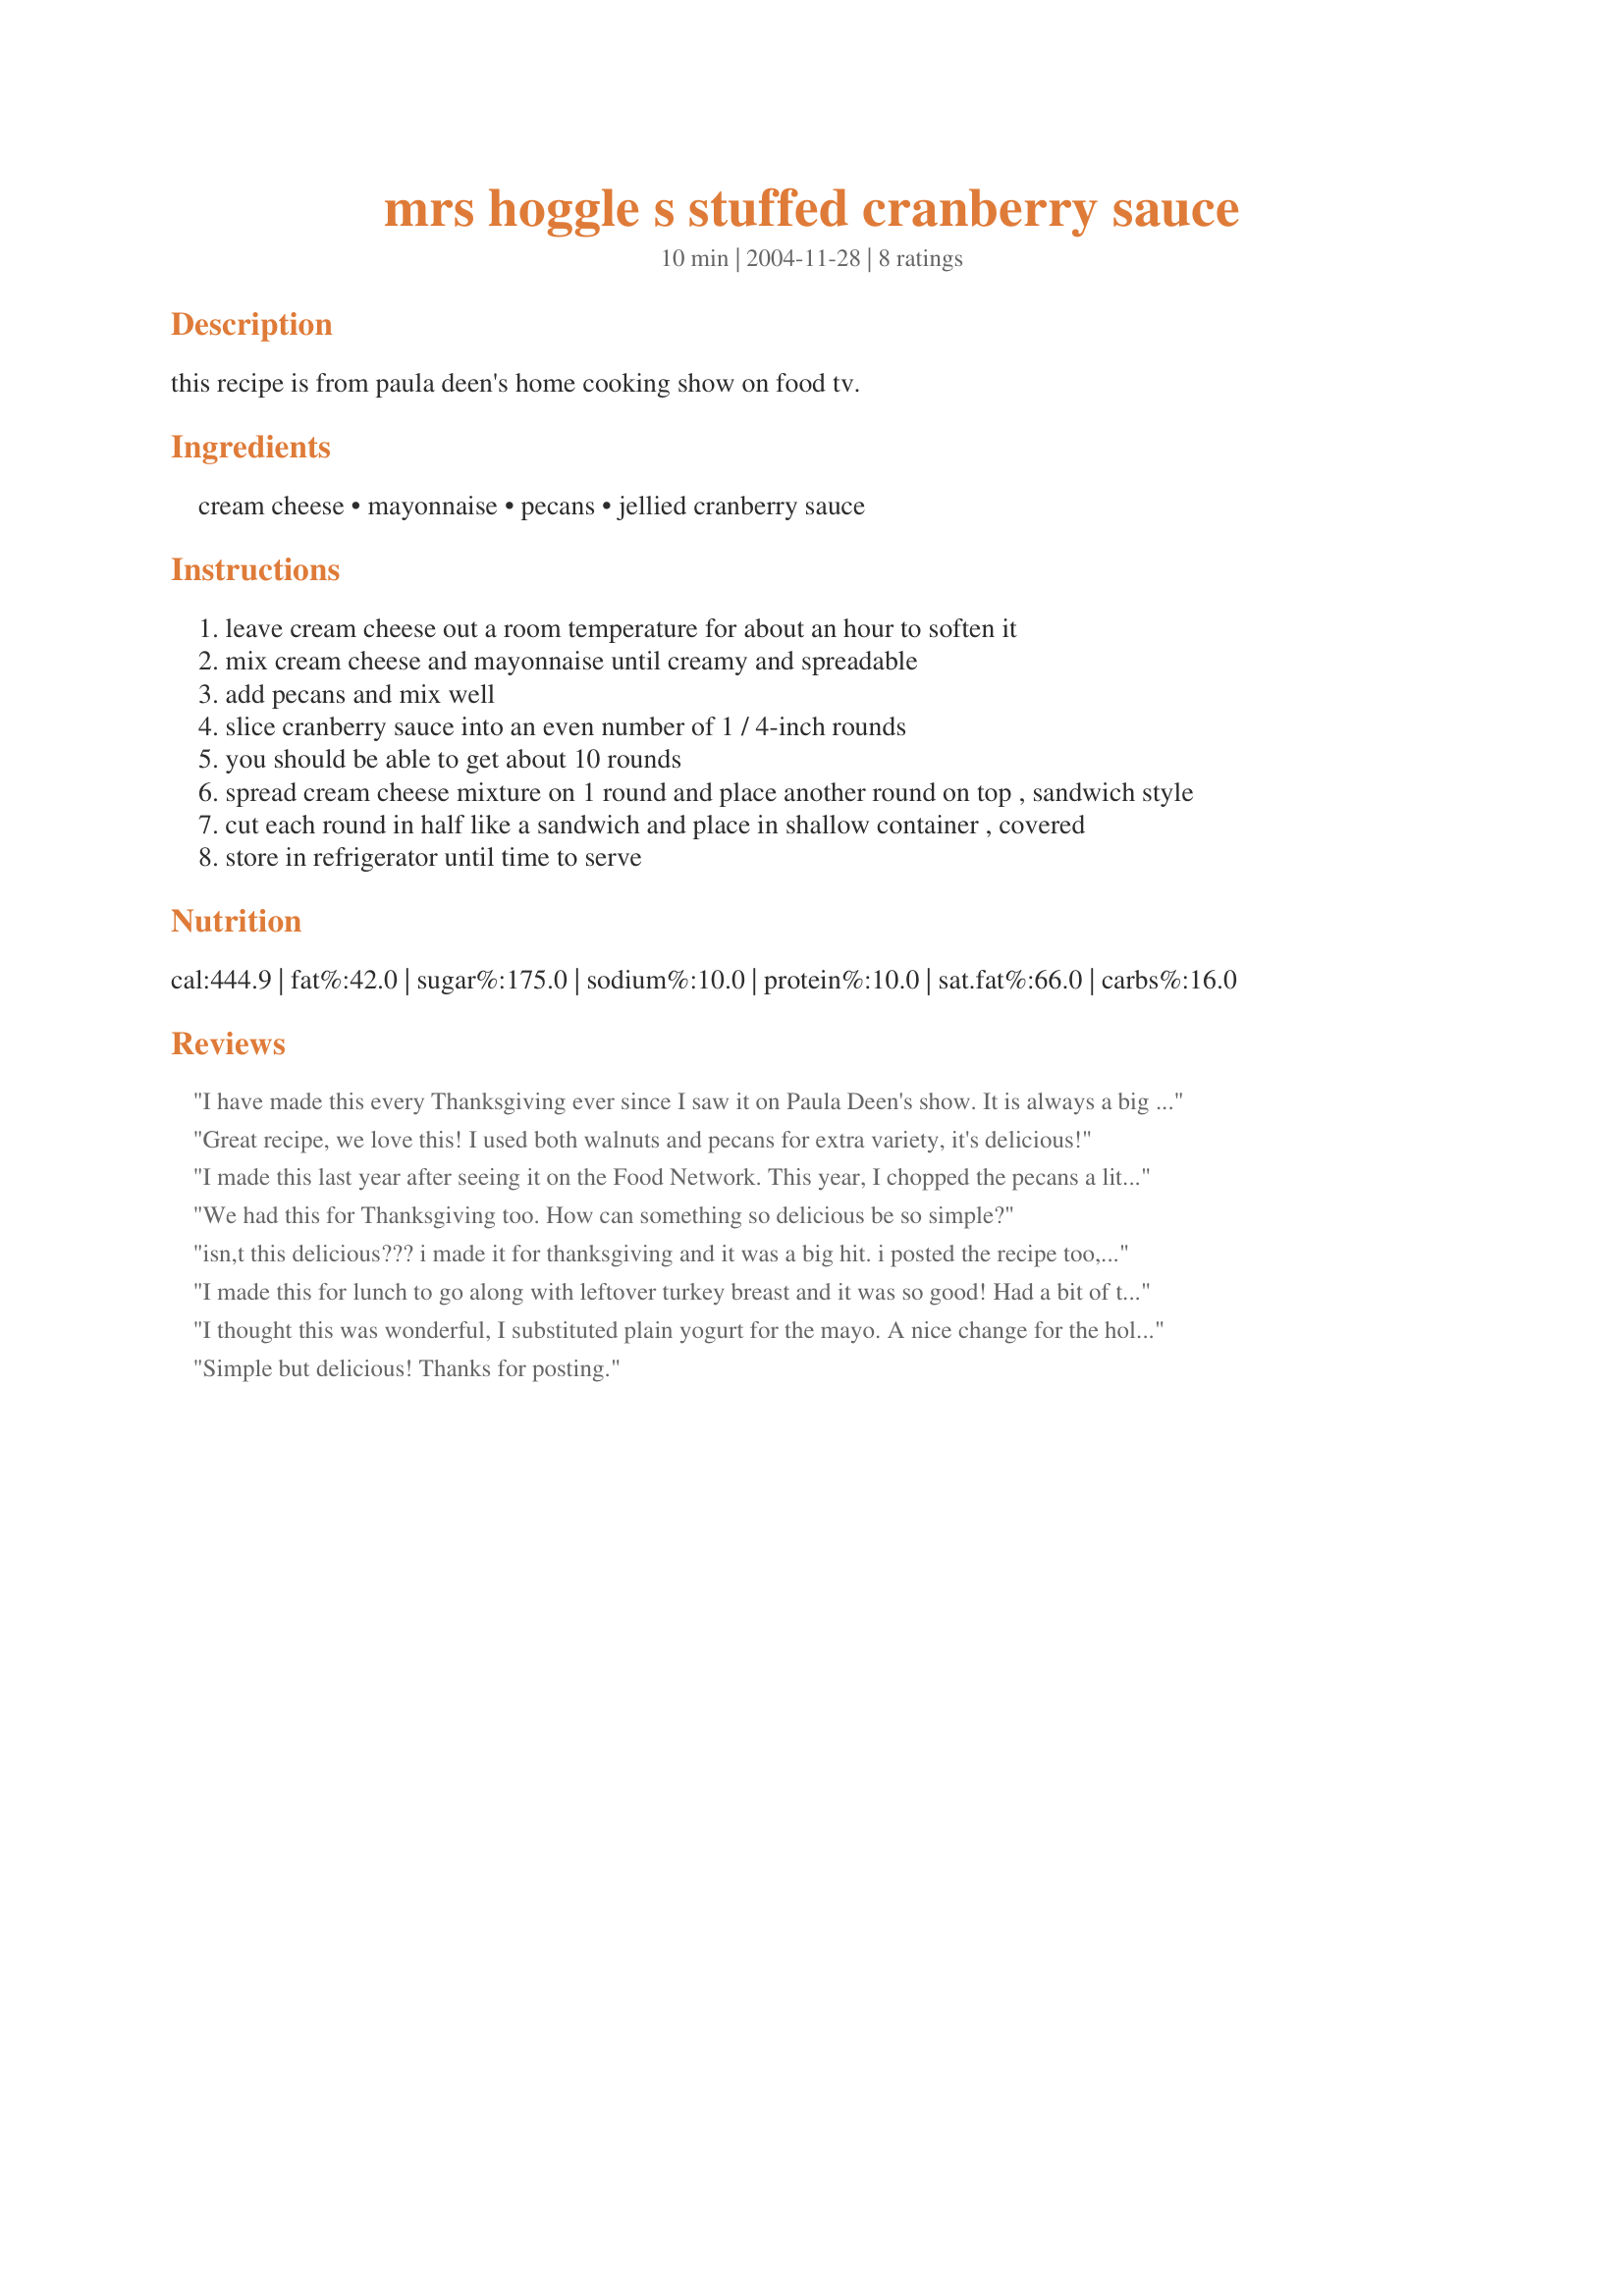
mrs hoggle s stuffed cranberry sauce
Preparation time: 10 minutes

this recipe is from paula deen's home cooking show on food tv.

Ingredients:
cream cheese, mayonnaise, pecans, jellied cranberry sauce

Steps:
leave cream cheese out a room temperature for about an hour to soften it
mix cream cheese and mayonnaise until creamy and spreadable
add pecans and mix well
slice cranberry sauce into an even number of 1 / 4-inch rounds
you should be able to get about 10 rounds
spread cream cheese mixture on 1 round and place another round on top , sandwich style
cut each round in half like a sandwich and place in shallow container , covered
store in refrigerator until time to serve

Reviews:
I have made this every Thanksgiving ever since I saw it on Paula Deen's show. It is always a big hit, even the kids ate them. It is also good on a leftover turkey sandwich. So simple to make you can't go wrong with this one.
Great recipe, we love this! I used both walnuts and pecans for extra variety, it's delicious!
I made this last year after seeing it on the Food Network. This year, I chopped the pecans a little more finely before mixing it in the cheese mixture. I liked that flavor a little more than the big chunks of pecans. My husband asked me to do that again next year for Thanksgiving.
We had this for Thanksgiving too. How can something so delicious be so simple?
isn,t this delicious??? i made it for thanksgiving and it was a big hit. i posted the recipe too, great minds must think alike, we both had the right idea to share it with all of our 'zaar friends. 10 stars!!!!!
I made this for lunch to go along with leftover turkey breast and it was so good! Had a bit of trouble with the cream cheese/mayo mixture slipping on the cranberry slice. I wiped the cranberry slice lightly with a paper towel and that did the trick. Thank you for posting this easy and tasty recipe!
I thought this was wonderful, I substituted plain yogurt for the mayo. A nice change for the holidays.
Simple but delicious! Thanks for posting.
